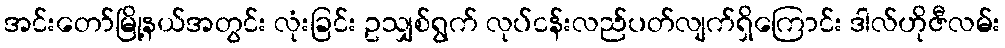
အင်းတော်မြို့နယ်အတွင်း လုံးခြင်း ဥသျှစ်ရွက် လုပ်ငန်းလည်ပတ်လျက်ရှိကြောင်း ဒါလ်ဟိုဇီလမ်း